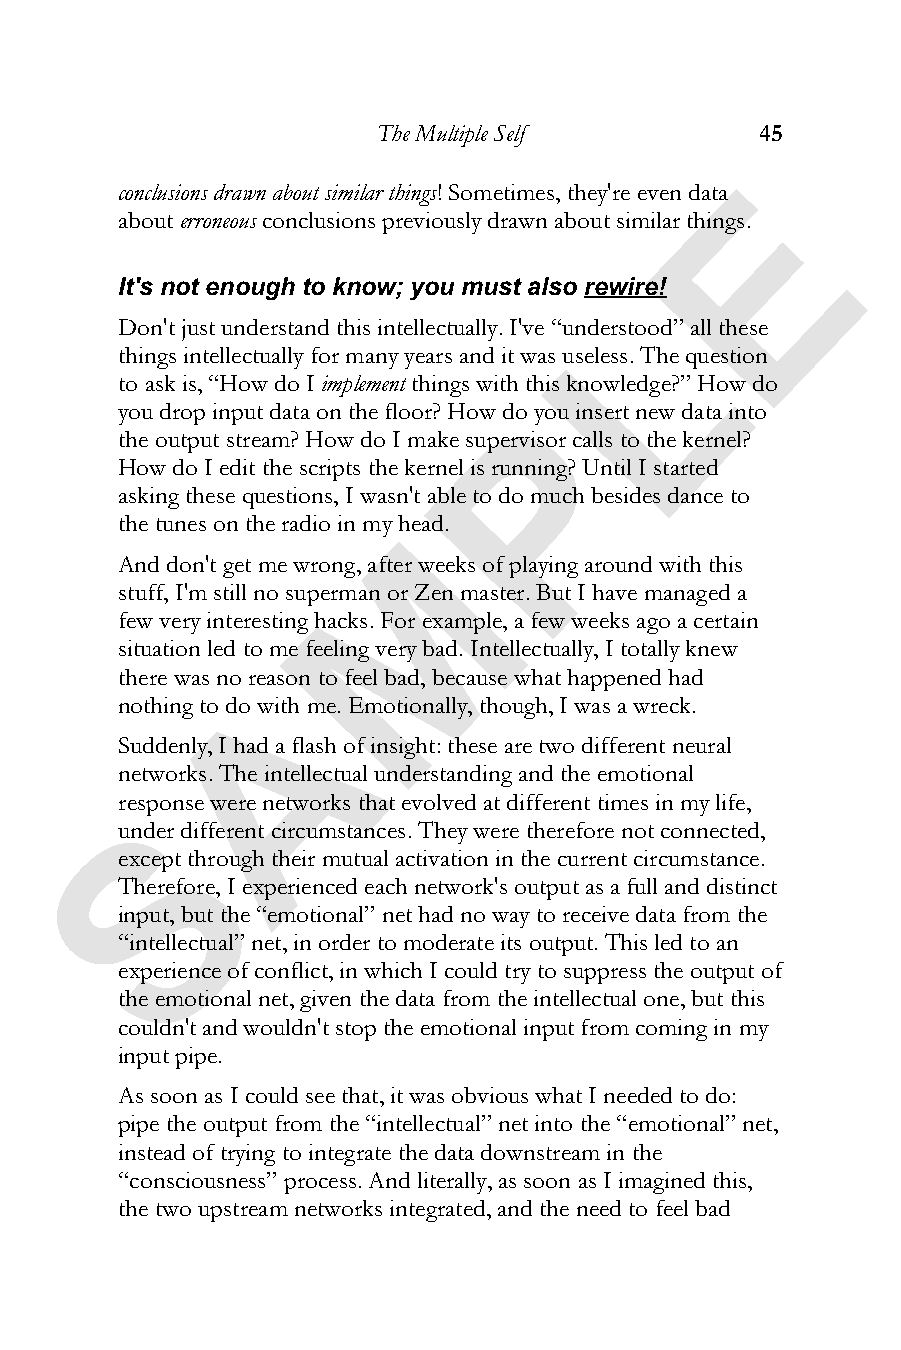
The Multiple Self        45
 E
 conclusions drawn about similar things! Sometimes, they're even data
 abouterroneous conclusions previously drawn about similar things.
 It's not enough to know; you must also rewire!
 L
 Don't just understand this intellectually. I've “understood” all these
 things intellectually for many years and it was useless. The question
 to ask is, “How do I implement things with this knowledge?” How do
 you drop input data on the floor? How dPo you insert new data into
 the output stream? How do I make supervisor calls to the kernel?
 How do I edit the scripts the kernel is running? Until I started
 asking these questions, I wasn't able to do much besides dance to
 the tunes on the radio in my Mhead.
 And don't get me wrong, after weeks of playing around with this
 stuff, I'm still no superman or Zen master. But I have managed a
 few very interesting hacks. For example, a few weeks ago a certain
 situation led to me feeling very bad. Intellectually, I totally knew
 there was no rAeason to feel bad, because what happened had
 nothing to do with me. Emotionally, though, I was a wreck.
 Suddenly, I had a flash of insight: these are two different neural
 networks. The intellectual understanding and the emotional
 reSsponse were networks that evolved at different times in my life,
 under different circumstances. They were therefore not connected,
 except through their mutual activation in the current circumstance.
 Therefore, I experienced each network's output as a full and distinct
 input, but the “emotional” net had no way to receive data from the
 “intellectual” net, in order to moderate its output. This led to an
 experience of conflict, in which I could try to suppress the output of
 the emotional net, given the data from the intellectual one, but this
 couldn't and wouldn't stop the emotional input from coming in my
 input pipe.
 As soon as I could see that, it was obvious what I needed to do:
 pipe the output from the “intellectual” net into the “emotional” net,
 instead of trying to integrate the data downstream in the
 “consciousness” process. And literally, as soon as I imagined this,
 the two upstream networks integrated, and the need to feel bad